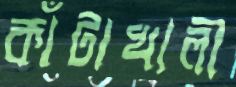
কাঁটাখালী